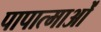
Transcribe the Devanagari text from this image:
पापात्माओं